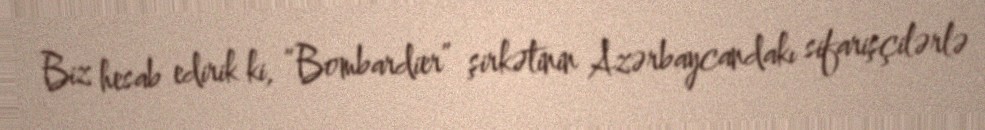
Biz hesab edirik ki, “Bombardier” şirkətinin Azərbaycandakı sifarişçilərlə